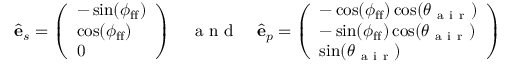
\hat { \mathbf { e } } _ { s } = \left( \begin{array} { l } { - \sin ( \phi _ { \mathrm { f f } } ) } \\ { \cos ( \phi _ { \mathrm { f f } } ) } \\ { 0 } \end{array} \right) \quad \mathrm { ~ a ~ n ~ d ~ } \quad \hat { \mathbf { e } } _ { p } = \left( \begin{array} { l } { - \cos ( \phi _ { \mathrm { f f } } ) \cos ( \theta _ { \mathrm { ~ a ~ i ~ r ~ } } ) } \\ { - \sin ( \phi _ { \mathrm { f f } } ) \cos ( \theta _ { \mathrm { ~ a ~ i ~ r ~ } } ) } \\ { \sin ( \theta _ { \mathrm { ~ a ~ i ~ r ~ } } ) } \end{array} \right)